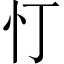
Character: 忊